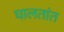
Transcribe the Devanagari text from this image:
घालतांत